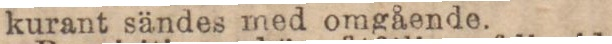
kurant sändes med omgående.